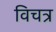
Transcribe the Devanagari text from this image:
विचत्र